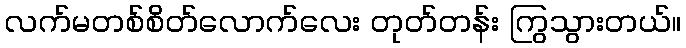
လက်မတစ်စိတ်လောက်လေး တုတ်တန်း ကြွသွားတယ်။